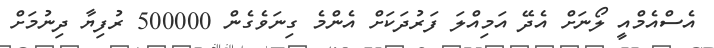
އެސްއެމްއީ ލޯނަށް އެދޭ އަމިއްލަ ފަރުދަކަށް އެންމެ ގިނަވެގެން 500000 ރުފިޔާ ދިނުމަށް